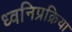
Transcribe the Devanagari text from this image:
ध्वनिप्रक्रिया